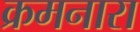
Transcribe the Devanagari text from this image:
क्रमनारा